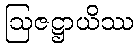
ဩဇဋ္ဌာယိဿ